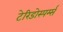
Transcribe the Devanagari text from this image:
टेरिडोस्पर्म्स